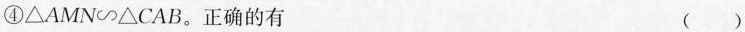
④$$\triangle AMN \sim \triangle CAB$$。正确的有 ( )